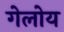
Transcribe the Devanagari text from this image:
गेलोय